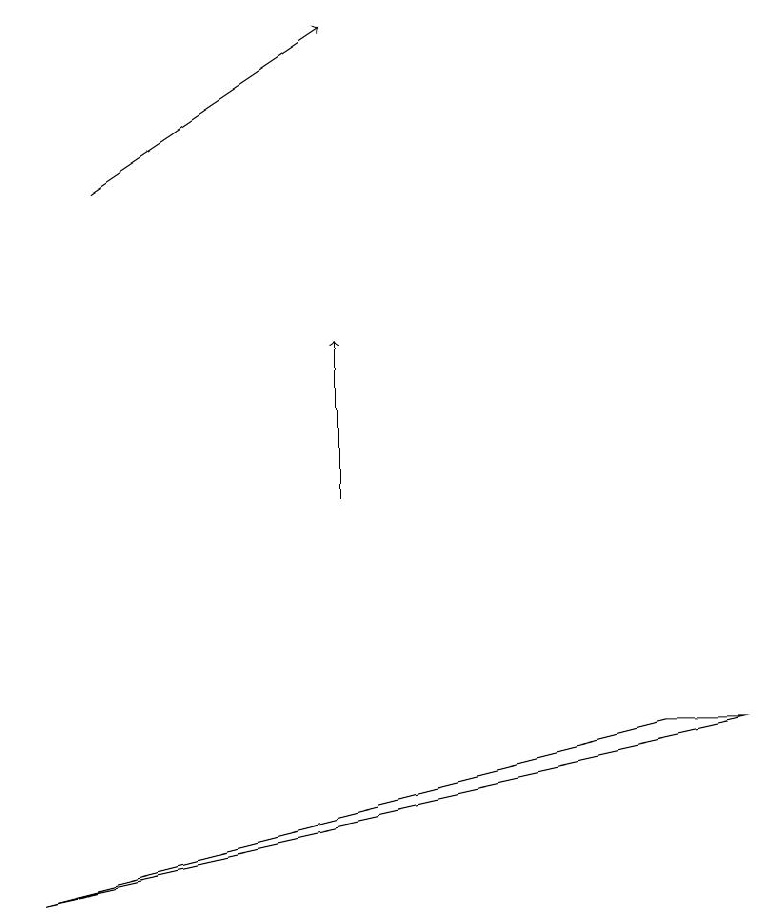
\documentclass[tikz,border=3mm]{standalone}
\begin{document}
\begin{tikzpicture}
\draw[->] (4,11) -- (4,13);
\draw[->] (1,15) -- (4,17);
\draw (8,8) -- (0,6) -- (9,8) -- cycle;
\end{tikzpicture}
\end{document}